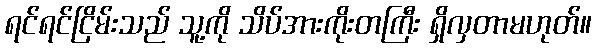
ရင်ရင်ငြိမ်းသည် သူ့ကို သိပ်အားကိုးတကြီး ရှိလှတာမဟုတ်။